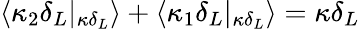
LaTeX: \langle\kappa_{2}\delta_{L}|_{\kappa\delta_{L}}\rangle+\langle\kappa_{1}\delta_{L}|_{\kappa\delta_{L}}\rangle=\kappa\delta_{L}